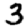
Digit: 3